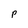
Character: p